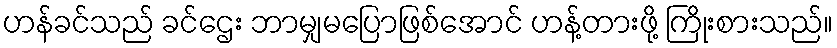
ဟန်ခင်သည် ခင်ဌေး ဘာမျှမပြောဖြစ်အောင် ဟန့်တားဖို့ ကြိုးစားသည်။